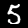
Label: 5